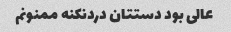
عالی بود دستتان دردنکنه ممنونم